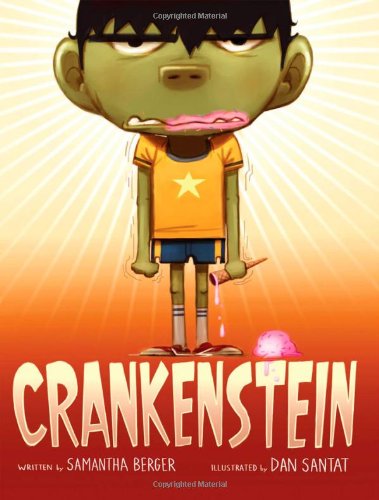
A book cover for Crankenstein; Samantha Berger; Children's Books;